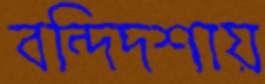
বন্দিদশায়